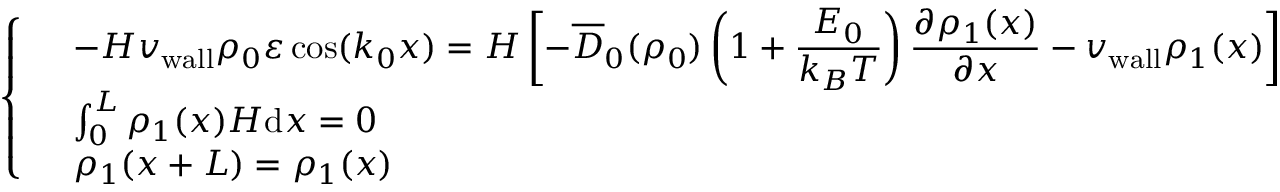
\left\{ \begin{array} { l l } & { - H { v _ { \mathrm { w a l l } } } \rho _ { 0 } \varepsilon \cos ( k _ { 0 } x ) = \displaystyle H \left[ - \overline { { D } } _ { 0 } ( \rho _ { 0 } ) \left( 1 + \frac { E _ { 0 } } { k _ { B } T } \right) \frac { \partial \rho _ { 1 } ( x ) } { \partial x } - v _ { \mathrm { w a l l } } \rho _ { 1 } ( x ) \right] } \\ & { \int _ { 0 } ^ { L } \rho _ { 1 } ( x ) H \mathrm { d } x = 0 } \\ & { \rho _ { 1 } ( x + L ) = \rho _ { 1 } ( x ) } \end{array} \right.